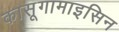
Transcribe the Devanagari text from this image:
कासूगामाइसिन